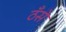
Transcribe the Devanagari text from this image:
ठँसे